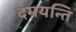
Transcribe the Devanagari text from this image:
दमयन्ति